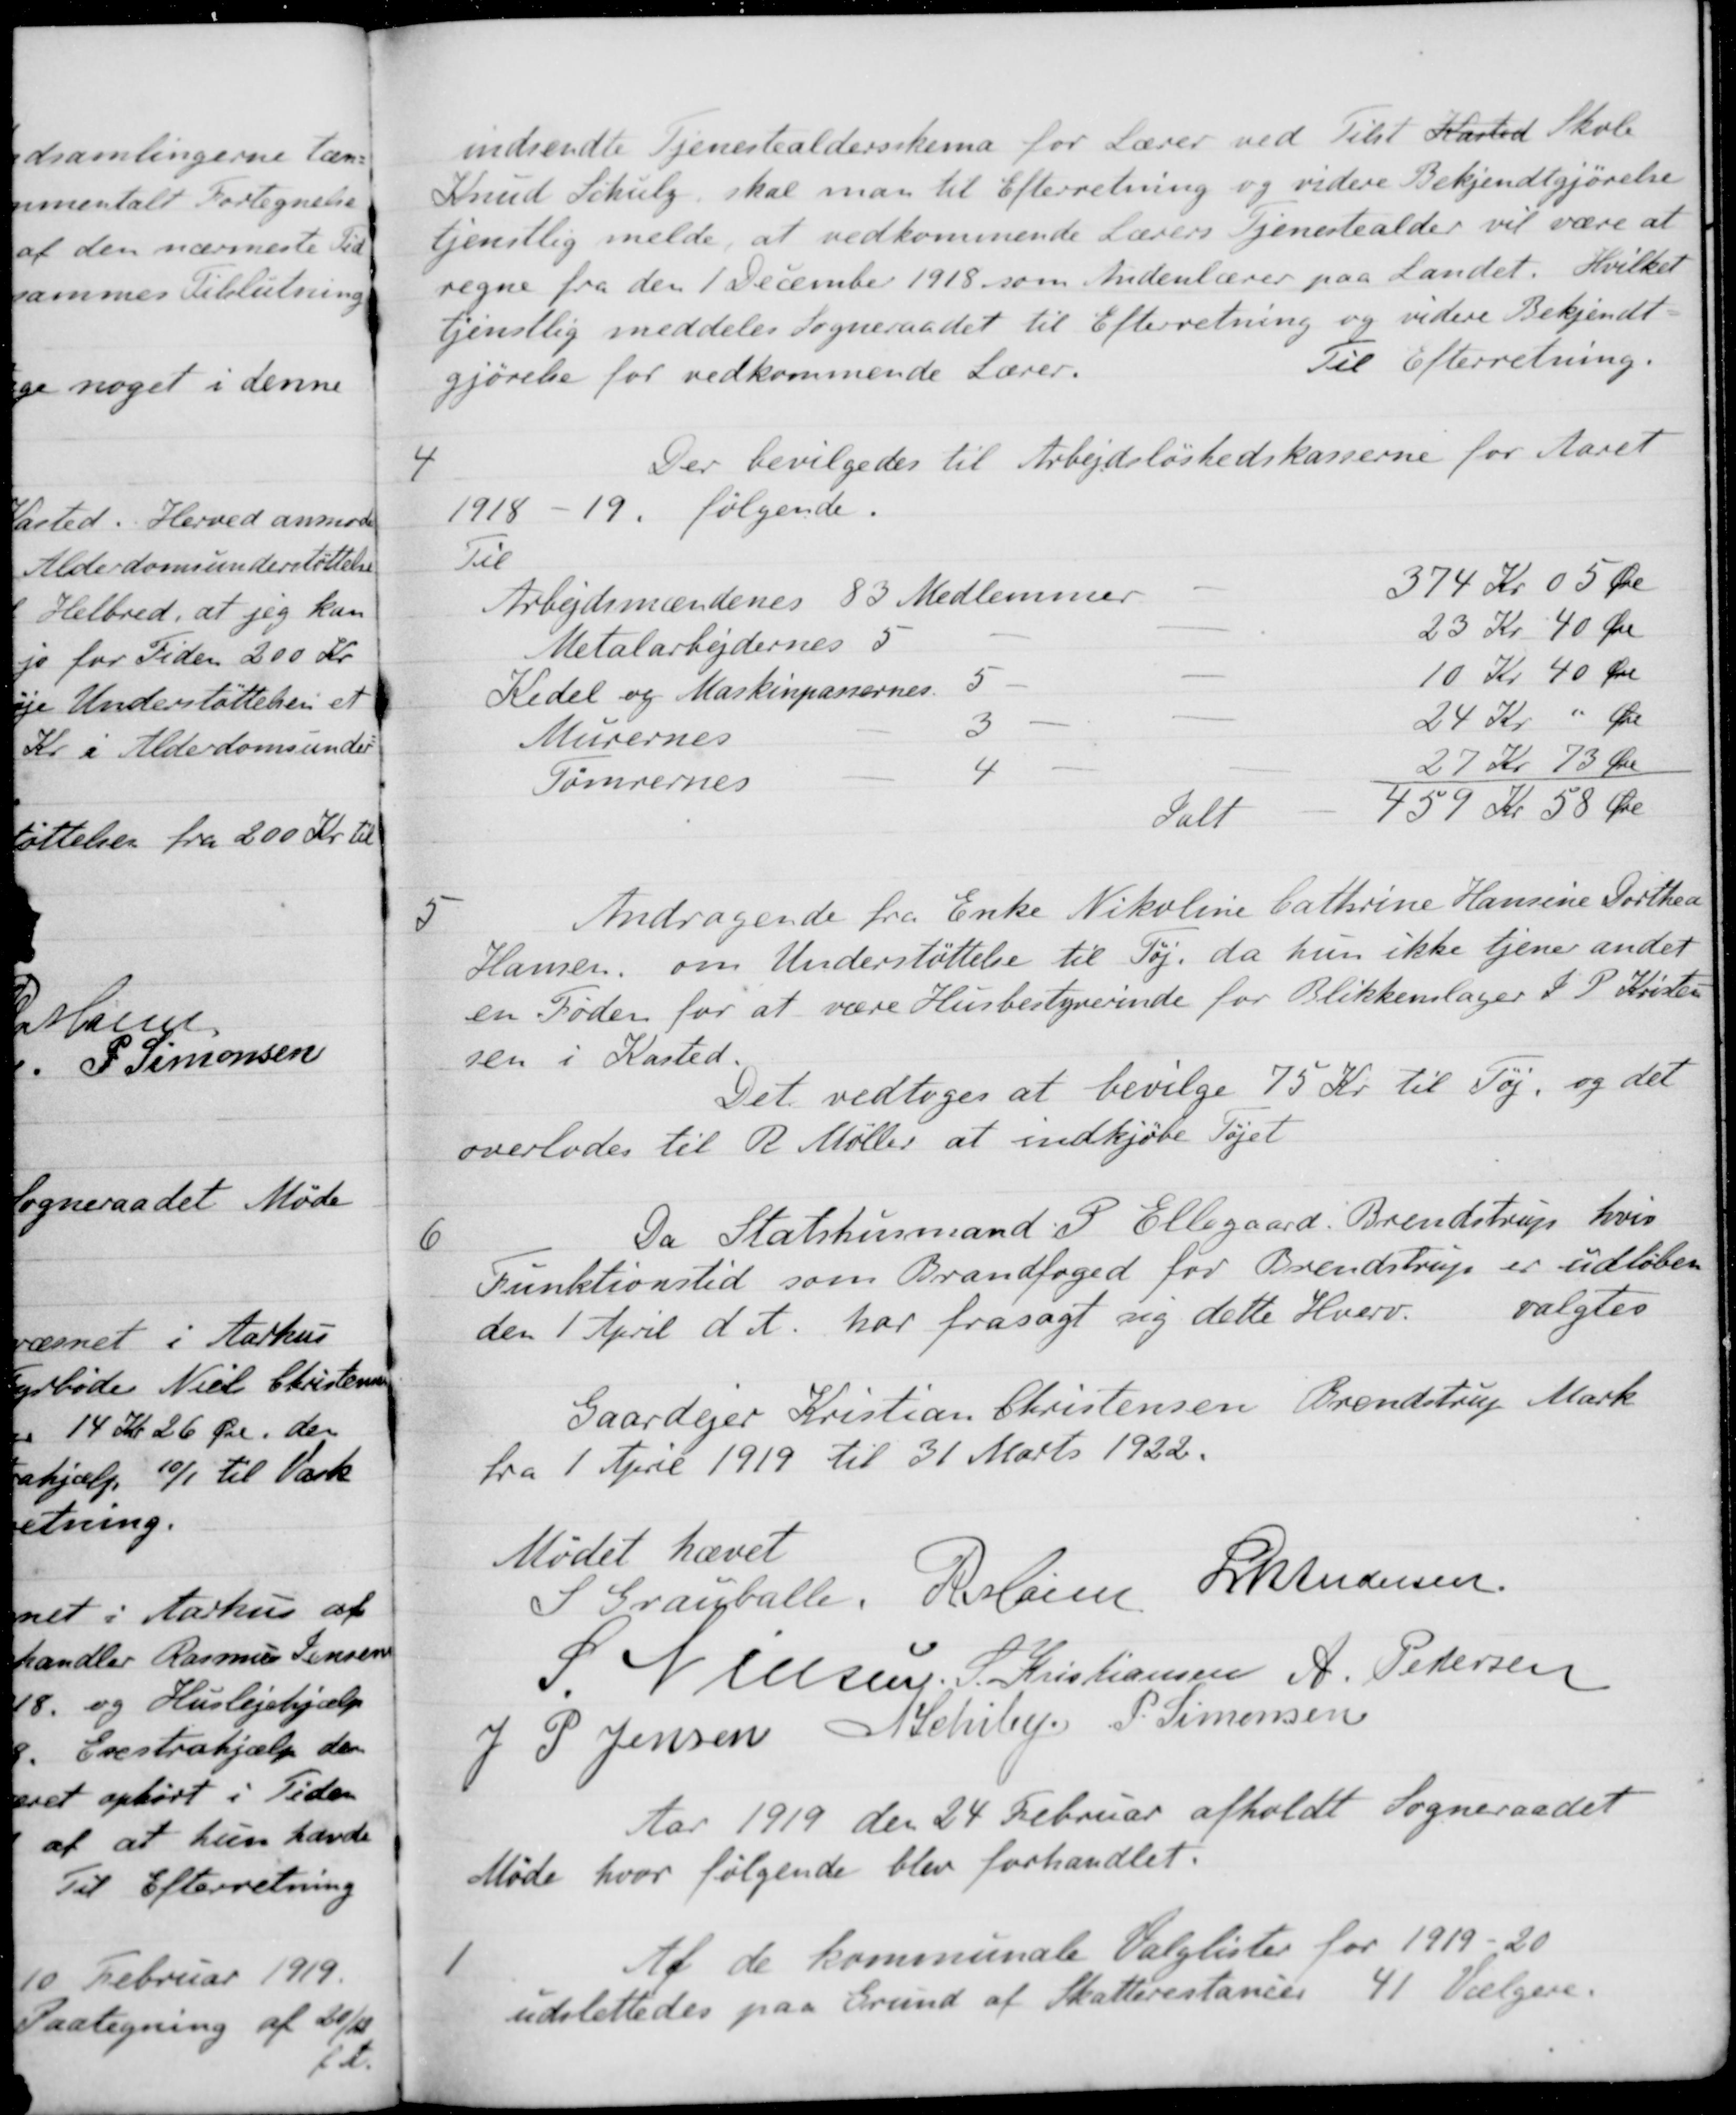
Transskription:
indsendte Tjenestealdersskema for Lærer ved Tilst Kasted Skole
Knud Schulz, skal man til Efterretning og videre Bekjendtgjørelse
tjenstlig melde, at vedkommende Lærers Tjenestealder vil være at
regne fra den 1 December 1918 som Andenlærer paa Landet. Hvilket
tjenstlig meddeles Sogneraadet til Efterretning og videre Bekjendt-
gjørelse for vedkommende Lærer.
Til Efterretning.
4
Der bevilgedes til Arbejdsløshedskasserne for Aaret
1918 - 19, følgende.
Til
Arbejdsmændenes 83 Medlemmer
374 Kr 05 Øre
Metalarbejdernes 5
23 Kr 40 Øre
Kedel og Maskinpassernes. 5
10 Kr 40 Øre
Murernes
3
24 Kr " Øre
Tømrernes
4
27 Kr 73 Øre
Ialt
459 Kr 58 Øre
5
Andragende fra Enke Nikoline Cathrine Hansine Dorthea
Hansen, om Understøttelse til Tøj, da hun ikke tjener andet
en Føden for at være Husbestyrerinde for Blikkenslager J. P. Kristen-
sen i Kasted.
Det vedtoges at bevilge 75 Kr til Tøj, og det
overlodes til R Møller at indkjøbe Tøjet
6
Da Statshusmand P. Ellegaard, Brendstrup, hvis
Funktionstid som Brandfoged for Brendstrup er udløbet
den 1 April d. A. har frasagt sig dette Hverv.
valgtes
Gaardejer Kristian Christensen, Brendstrup Mark
fra 1 April 1919 til 31 Marts 1922.
Mødet hævet
S Grauballe
R Møller
L M Andersen
S Nielsen
S. Kristiansen
A. Pedersen
J P. Jensen
A. Schiby
P. Simonsen
Aar 1919 den 24 Februar afholdt Sogneraadet
Møde hvor følgende blev forhandlet:
1
Af de kommunale Valglister for 1919-20
udslettedes paa Grund af Skatterestancer 41 Vælgere.